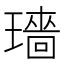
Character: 𬎓